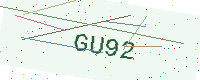
Text: GU92